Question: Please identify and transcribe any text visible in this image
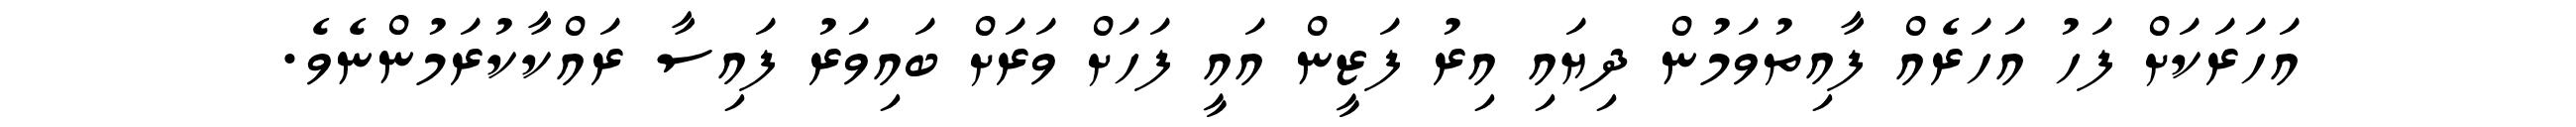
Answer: އަހަރަކަށް ފަހު އަހަރެއް ފާއިތުވަމުން ދިޔައި އިރު ފަޒީން އައީ ފަހަށް ވަރަށް ބައިވަރު ފައިސާ ރައްކާކުރަމުންނެވެ.